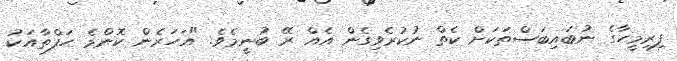
ފިރިމީހާގެ ނުބައިބަސްތަކަށް ކެތް ނުކުރެވިގެން އެއް ރޭ ބުނީމެވެ. "އަހަރެން ކޮންމެ ހަފްތާއަކު